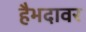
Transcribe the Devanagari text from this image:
हैभदावर